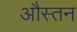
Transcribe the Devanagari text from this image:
औस्तन